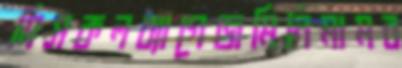
মিসকলব্যাগেজমিনিমামব